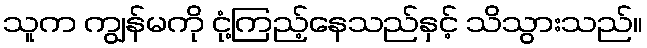
သူက ကျွန်မကို ငုံ့ကြည့်နေသည်နှင့် သိသွားသည်။